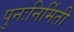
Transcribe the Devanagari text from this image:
पुनःनिर्मिती